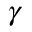
\gamma